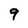
Character: 9